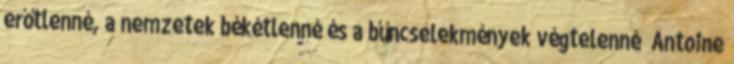
erőtlenné, a nemzetek békétlenné és a bűncselekmények végtelenné” Antoine